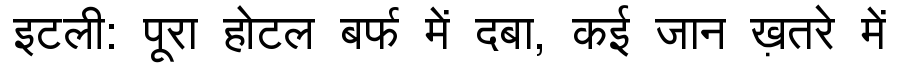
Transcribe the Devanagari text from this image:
इटली: पूरा होटल बर्फ में दबा, कई जान ख़तरे में